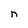
Character: n